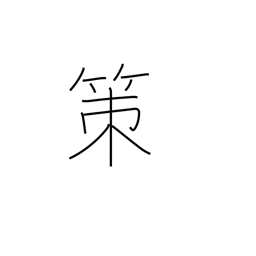
Meaning: policy